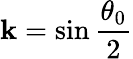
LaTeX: \mathbf{k}=\sin\frac{{\theta_{0}}}{{2}}